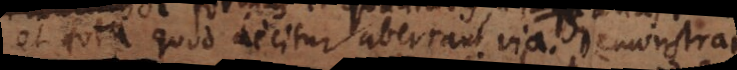
et tota quod dicitur aberrant via. Demonstrari